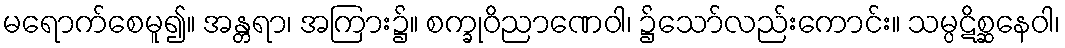
မရောက်စေမူ၍။ အန္တရာ၊ အကြား၌။ စက္ခုဝိညာဏေဝါ၊ ၌သော်လည်းကောင်း။ သမ္ပဋိစ္ဆနေဝါ၊